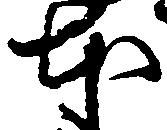
本